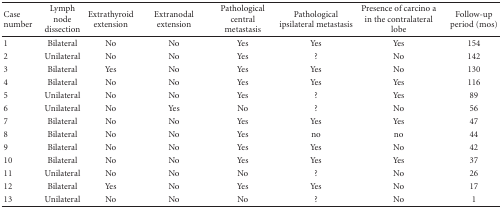
<table><thead><tr><td><b>Case number</b></td><td><b>Lymph node dissection</b></td><td><b>Extrathyroid extension</b></td><td><b>Extranodal extension</b></td><td><b>Pathological central metastasis</b></td><td><b>Pathological ipsilateral metastasis</b></td><td><b>Presence of carcino a in the contralateral lobe</b></td><td><b>Follow-upperiod (mos)</b></td></tr></thead><tbody><tr><td>1</td><td>Bilateral</td><td>No</td><td>No</td><td>Yes</td><td>Yes</td><td>Yes</td><td>154</td></tr><tr><td>2</td><td>Unilateral</td><td>No</td><td>No</td><td>Yes</td><td>?</td><td>No</td><td>142</td></tr><tr><td>3</td><td>Bilateral</td><td>Yes</td><td>No</td><td>Yes</td><td>Yes</td><td>No</td><td>130</td></tr><tr><td>4</td><td>Bilateral</td><td>No</td><td>No</td><td>Yes</td><td>Yes</td><td>Yes</td><td>116</td></tr><tr><td>5</td><td>Unilateral</td><td>No</td><td>No</td><td>Yes</td><td>?</td><td>Yes</td><td>89</td></tr><tr><td>6</td><td>Unilateral</td><td>No</td><td>Yes</td><td>No</td><td>?</td><td>No</td><td>56</td></tr><tr><td>7</td><td>Bilateral</td><td>No</td><td>No</td><td>Yes</td><td>Yes</td><td>Yes</td><td>47</td></tr><tr><td>8</td><td>Bilateral</td><td>No</td><td>No</td><td>Yes</td><td>no</td><td>no</td><td>44</td></tr><tr><td>9</td><td>Bilateral</td><td>No</td><td>No</td><td>Yes</td><td>Yes</td><td>No</td><td>42</td></tr><tr><td>10</td><td>Bilateral</td><td>No</td><td>No</td><td>Yes</td><td>Yes</td><td>Yes</td><td>37</td></tr><tr><td>11</td><td>Unilateral</td><td>No</td><td>No</td><td>No</td><td>?</td><td>No</td><td>26</td></tr><tr><td>12</td><td>Bilateral</td><td>Yes</td><td>No</td><td>Yes</td><td>Yes</td><td>No</td><td>17</td></tr><tr><td>13</td><td>Unilateral</td><td>No</td><td>No</td><td>No</td><td>?</td><td>No</td><td>1</td></tr></tbody></table>